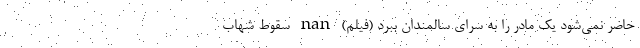
حاضر نمی‌شود یک مادر را به سرای سالمندان ببرد (فیلم) nan سقوط شهاب